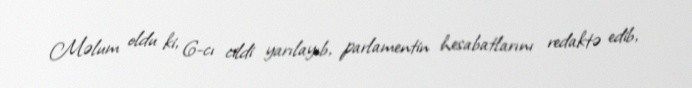
Məlum oldu ki, 6-cı cildi yarılayıb, parlamentin hesabatlarını redaktə edib,